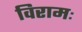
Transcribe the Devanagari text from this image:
विरामः